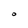
Character: O